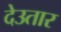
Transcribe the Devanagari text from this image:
देउतार